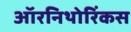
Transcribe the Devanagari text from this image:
ऑरनिथोरिंकस